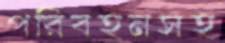
পরিবহনসহ